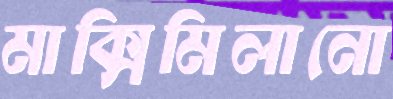
মাক্সিমিলানো